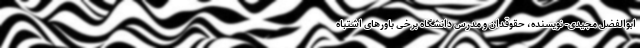
ابوالفضل مجیدی- نویسنده، حقوقدان و مدرس دانشگاه برخی باورهای اشتباه